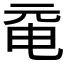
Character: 𠀻